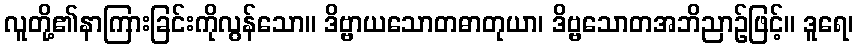
လူတို့၏နာကြားခြင်းကိုလွန်သော။ ဒိဗ္ဗာယသောတဓာတုယာ၊ ဒိဗ္ဗသောတအဘိညာဉ်ဖြင့်။ ဒူရေ၊